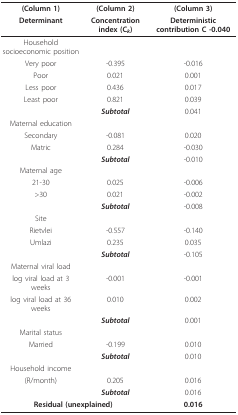
<table><thead><tr><td><b>(Column 1)</b></td><td><b>(Column 2)</b></td><td><b>(Column 3)</b></td></tr><tr><td><b>Determinant</b></td><td><b>Concentration index (C<i><sub>k</sub></i>)</b></td><td><b>Deterministic contribution C -0.040</b></td></tr></thead><tbody><tr><td>Household socioeconomic position</td><td></td><td></td></tr><tr><td>Very poor</td><td>-0.395</td><td>-0.016</td></tr><tr><td>Poor</td><td>0.021</td><td>0.001</td></tr><tr><td>Less poor</td><td>0.436</td><td>0.017</td></tr><tr><td>Least poor</td><td>0.821</td><td>0.039</td></tr><tr><td></td><td><b><i>Subtotal</i></b></td><td>0.041</td></tr><tr><td>Maternal education</td><td></td><td></td></tr><tr><td>Secondary</td><td>-0.081</td><td>0.020</td></tr><tr><td>Matric</td><td>0.284</td><td>-0.030</td></tr><tr><td></td><td><b><i>Subtotal</i></b></td><td>-0.010</td></tr><tr><td>Maternal age</td><td></td><td></td></tr><tr><td>21-30</td><td>0.025</td><td>-0.006</td></tr><tr><td>&gt;30</td><td>0.021</td><td>-0.002</td></tr><tr><td></td><td><b><i>Subtotal</i></b></td><td>-0.008</td></tr><tr><td>Site</td><td></td><td></td></tr><tr><td>Rietvlei</td><td>-0.557</td><td>-0.140</td></tr><tr><td>Umlazi</td><td>0.235</td><td>0.035</td></tr><tr><td></td><td><b><i>Subtotal</i></b></td><td>-0.105</td></tr><tr><td>Maternal viral load</td><td></td><td></td></tr><tr><td>log viral load at 3 weeks</td><td>-0.001</td><td>-0.001</td></tr><tr><td>log viral load at 36 weeks</td><td>0.010</td><td>0.002</td></tr><tr><td></td><td><b><i>Subtotal</i></b></td><td>0.001</td></tr><tr><td>Marital status</td><td></td><td></td></tr><tr><td>Married</td><td>-0.199</td><td>0.010</td></tr><tr><td></td><td><b><i>Subtotal</i></b></td><td>0.010</td></tr><tr><td>Household income</td><td></td><td></td></tr><tr><td>(R/month)</td><td>0.205</td><td>0.016</td></tr><tr><td></td><td><b><i>Subtotal</i></b></td><td>0.016</td></tr><tr><td colspan="2"><b>Residual (unexplained)</b></td><td><b>0.016</b></td></tr></tbody></table>